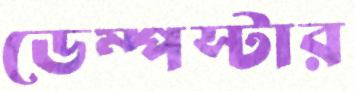
ডেম্পস্টার